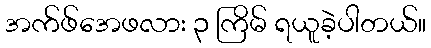
အက်ဖ်အေဖလား ၃ ကြိမ် ရယူခဲ့ပါတယ်။